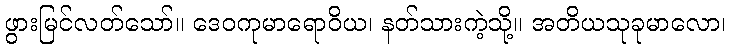
ဖွားမြင်လတ်သော်။ ဒေဝကုမာရောဝိယ၊ နတ်သားကဲ့သို့။ အတိယသုခုမာလော၊